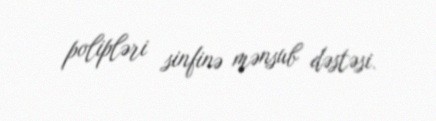
polipləri sinfinə mənsub dəstəsi.